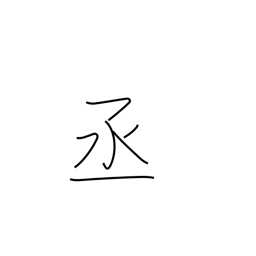
Meaning: help